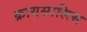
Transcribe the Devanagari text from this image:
क्रायसालिस